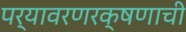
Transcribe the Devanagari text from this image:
पर्यावरणरक्षणाची